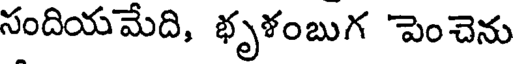
సందియమేది, భృళంబుగ పెంచెను